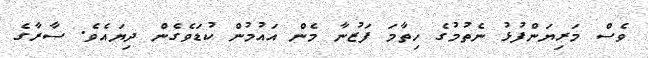
ވެސް މަރިޔަންފުޅު ނެތުމުގެ ހިތާމަ ފަޒުނާ މެން އައުމުން ކުޑަވެގެން ދިޔައެވެ. ސާރާގެ